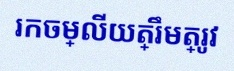
រកចម្លើយត្រឹមត្រូវ